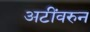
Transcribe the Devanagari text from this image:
अटींवरुन